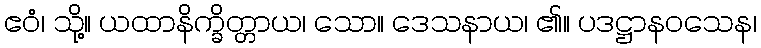
ဧဝံ၊ သို့။ ယထာနိက္ခိတ္တာယ၊ သော။ ဒေသနာယ၊ ၏။ ပဒဋ္ဌာနဝသေန၊